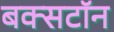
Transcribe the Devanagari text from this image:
बक्सटॉन